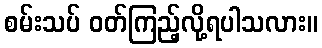
စမ်းသပ် ဝတ်ကြည့်လို့ရပါသလား။